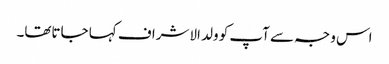
اس وجہ سے آپ کو ولد الاشراف کہا جاتاتھا۔